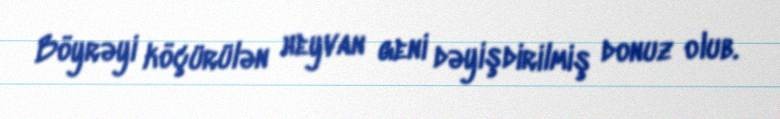
Böyrəyi köçürülən heyvan geni dəyişdirilmiş donuz olub.